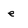
Character: e